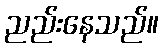
ညည်းနေသည်။